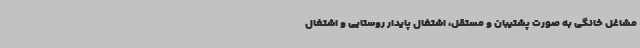
مشاغل خانگی به صورت پشتیبان و مستقل، اشتغال پایدار روستایی و اشتغال